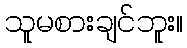
သူမစားချင်ဘူး။